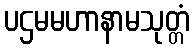
ပဌမမဟာနာမသုတ္တံ